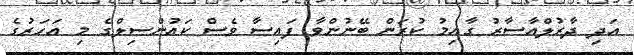
އަދި ދާރުލްއާސާރު ގާއިމު ކުރަން ބޭނުންވާ ފައިސާ ވެސް ކައުންސިލްގެ މި އަހަރުގެ